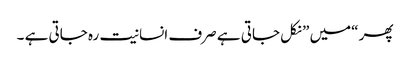
پھر “میں ” نکل جاتی ہے صرف انسانیت رہ جاتی ہے ۔